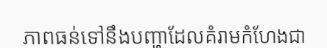
ភាពធន់ទៅនឹងបញ្ហាដែលគំរាមកំហែងជា